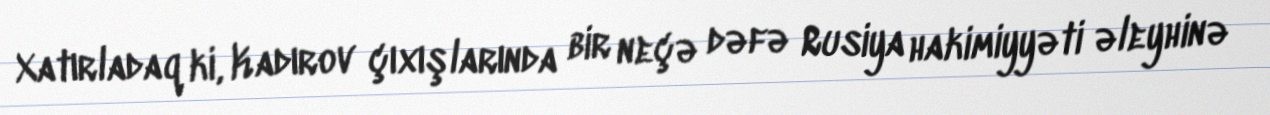
Xatırladaq ki, Kadırov çıxışlarında bir neçə dəfə Rusiya hakimiyyəti əleyhinə